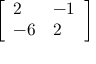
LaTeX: \left[ { \begin{array} { l l } { 2 } & { - 1 } \\ { - 6 } & { 2 } \end{array} } \right]